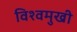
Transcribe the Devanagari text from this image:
विश्वमुखी